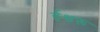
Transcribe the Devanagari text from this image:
ईश्वरू